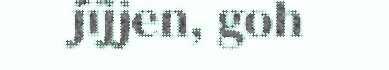
jïjjen, goh